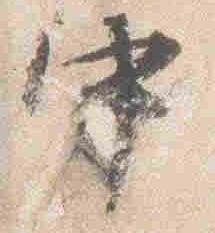
中